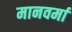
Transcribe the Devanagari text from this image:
मानवर्मा